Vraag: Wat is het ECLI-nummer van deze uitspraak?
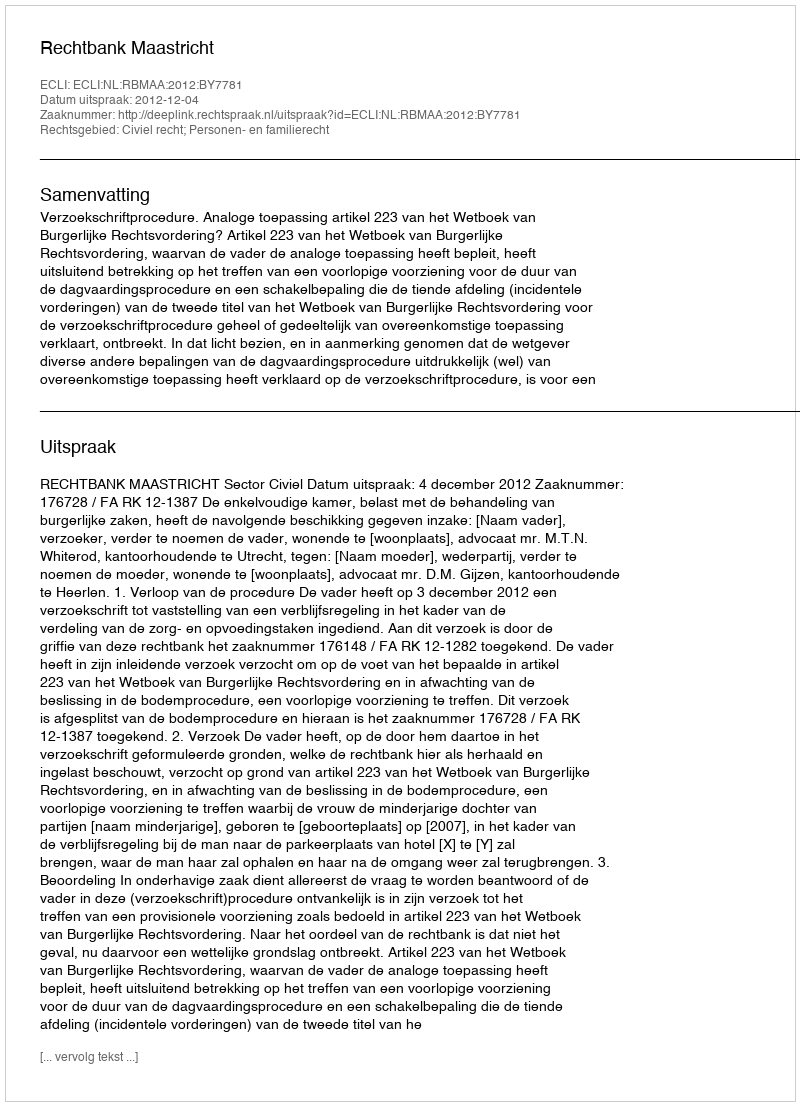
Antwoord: ECLI:NL:RBMAA:2012:BY7781